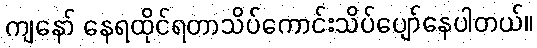
ကျနော် နေရထိုင်ရတာသိပ်ကောင်းသိပ်ပျော်နေပါတယ်။